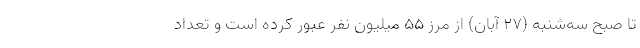
تا صبح سه‌شنبه (۲۷ آبان) از مرز ۵۵ میلیون نفر عبور کرده است و تعداد